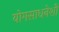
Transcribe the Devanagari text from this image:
योगसाधनेशी